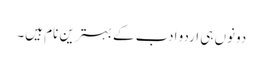
دونوں ہی اردو ادب کے بہترین نام ہیں۔